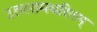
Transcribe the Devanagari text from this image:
उतररामचरितम्‌